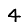
Digit: 4